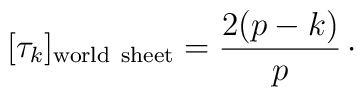
[\tau_{k}]_{\rm world\ sheet} = {2(p-k)\over p}\,\cdotp